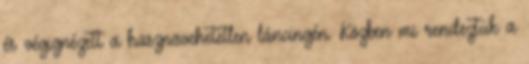
és végignézett a hasznavehetetlen láncingén. Közben mi rendeztük a